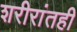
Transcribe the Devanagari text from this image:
शरीरांतही